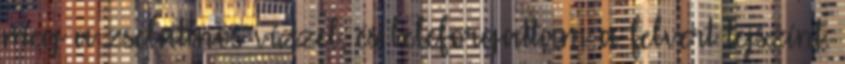
meg a zselatinos vízzel, és beleforgattam a felvert tejszínt.